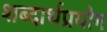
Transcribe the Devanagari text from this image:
शब्दार्थप्रयोग